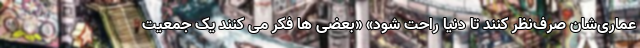
عماری‌شان صرف‌نظر کنند تا دنیا راحت شود» «بعضی ها فکر می کنند یک جمعیت